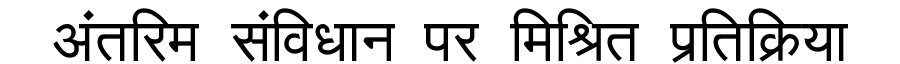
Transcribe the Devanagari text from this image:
अंतरिम संविधान पर मिश्रित प्रतिक्रिया